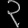
Digit: ၃